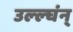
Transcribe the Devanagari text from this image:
उल्ल्घंन्